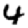
Digit: 4